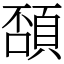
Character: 䫊